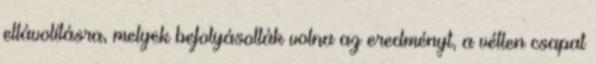
eltávolításra, melyek befolyásolták volna az eredményt, a vétlen csapat